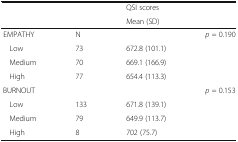
<table><thead><tr><td rowspan="2" colspan="2"></td><td><b>QSI scores</b></td><td></td></tr><tr><td><b>Mean (SD)</b></td><td></td></tr></thead><tbody><tr><td>EMPATHY</td><td>N</td><td></td><td><i>p</i> = 0.190</td></tr><tr><td> Low</td><td>73</td><td>672.8 (101.1)</td><td></td></tr><tr><td> Medium</td><td>70</td><td>669.1 (166.9)</td><td></td></tr><tr><td> High</td><td>77</td><td>654.4 (113.3)</td><td></td></tr><tr><td>BURNOUT</td><td></td><td></td><td><i>p</i> = 0.153</td></tr><tr><td> Low</td><td>133</td><td>671.8 (139.1)</td><td></td></tr><tr><td> Medium</td><td>79</td><td>649.9 (113.7)</td><td></td></tr><tr><td> High</td><td>8</td><td>702 (75.7)</td><td></td></tr></tbody></table>